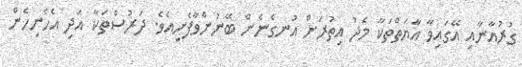
ގުރުއާނާއި އޭގައިވާ އާޔަތްތަކާ މެދު އިތުރަށް އުނގެނެން ބޭނުންވާފެށިއެވެ. ދަރުސްތަކާ އަދި އެހެނިހެން